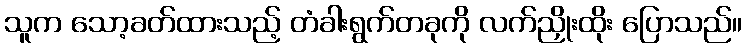
သူက သော့ခတ်ထားသည့် တံခါးရွက်တခုကို လက်ညှိုးထိုး ပြောသည်။